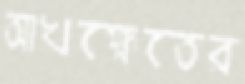
আখক্ষেতের